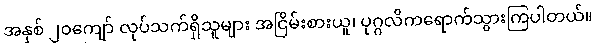
အနှစ် ၂၀ကျော် လုပ်သက်ရှိသူများ အငြိမ်းစားယူ၊ ပုဂ္ဂလိကရောက်သွားကြပါတယ်။